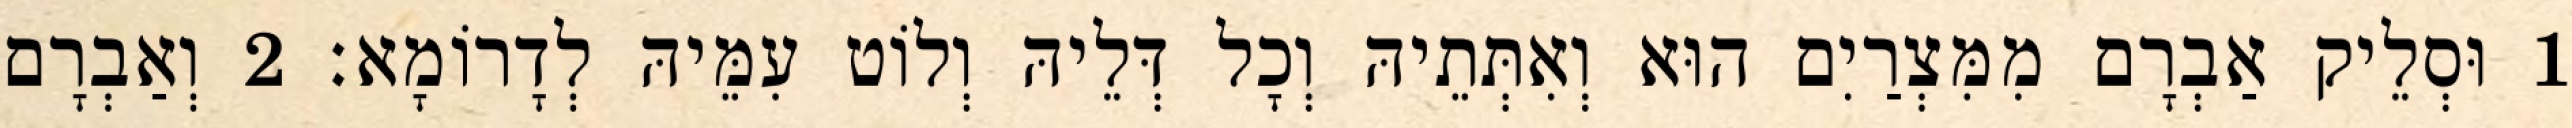
1 וּסְלֵיק אַבְרָם מִמִּצְרַיִם הוּא וְאִתְּתֵיהּ וְכָל דְּלֵיהּ וְלוֹט עִמֵּיהּ לְדָרוֹמָא׃ 2 וְאַבְרָם